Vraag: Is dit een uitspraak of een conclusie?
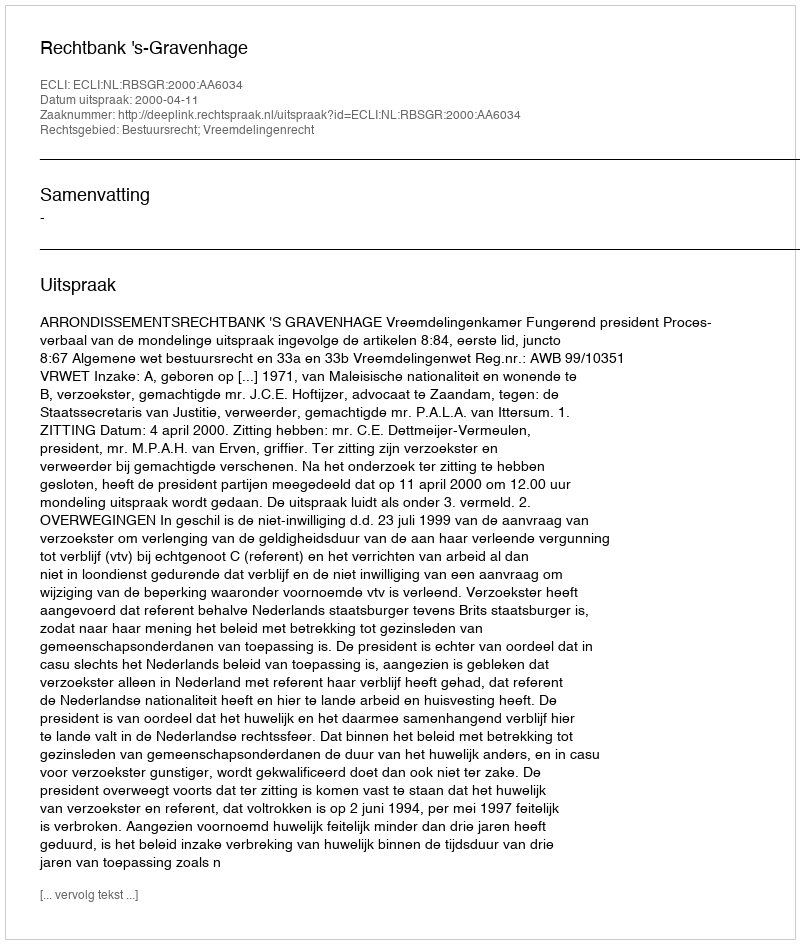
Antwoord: Uitspraak